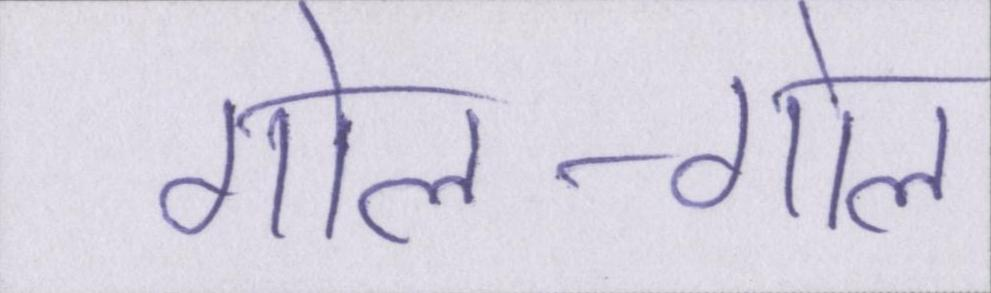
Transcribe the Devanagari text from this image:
गोल-गोल